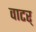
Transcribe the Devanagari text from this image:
वाटर्